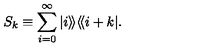
S _ { k } \equiv \sum _ { i = 0 } ^ { \infty } | i \rangle \! \rangle \langle \! \langle i + k | .